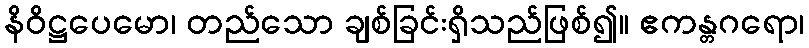
နိဝိဋ္ဌပေမော၊ တည်သော ချစ်ခြင်းရှိသည်ဖြစ်၍။ ဧကန္တဂရော၊